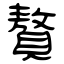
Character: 贅